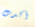
أكدت